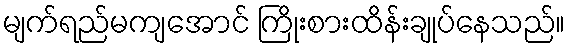
မျက်ရည်မကျအောင် ကြိုးစားထိန်းချုပ်နေသည်။